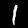
Digit: 1